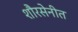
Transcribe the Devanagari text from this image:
शौरसेनीत